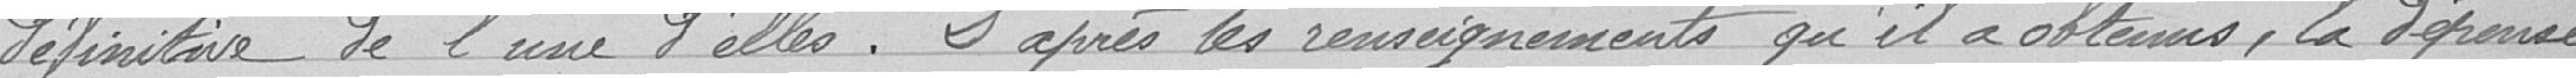
définitive de l'une d'elles. D'après les renseignements qu'il a obtenus, la dépense